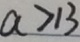
a > 1 3